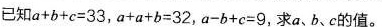
已知$$a+b+c=33$$,$$a+a+b=32$$,$$a-b+c=9$$,求a、b、c的值.。